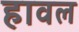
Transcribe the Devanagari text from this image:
हावल